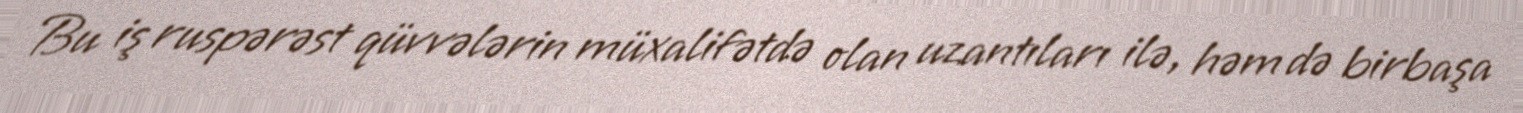
Bu iş ruspərəst qüvvələrin müxalifətdə olan uzantıları ilə, həm də birbaşa